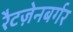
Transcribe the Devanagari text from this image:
रैटज़ेनबर्गर